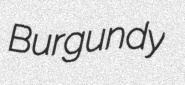
Burgundy